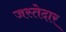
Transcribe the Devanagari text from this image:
जस्तेदार